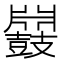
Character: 𪔥